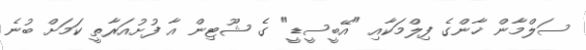
ސަލްމާން ޚާންގެ ފިލްމަކާއި "އޭބީސީޑީ" ގެ ޝޫޓިން އާ ފުށުއަރާތީ ކަމަށް ބުނެ